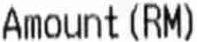
AMOUNT(RM)